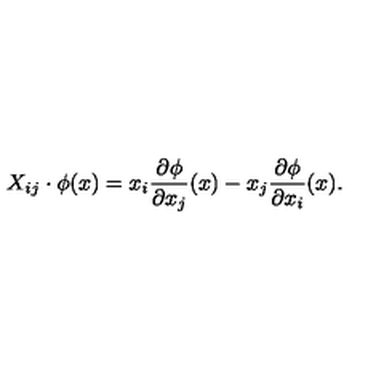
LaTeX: X _ { i j } \cdot \phi ( x ) = x _ { i } { \frac { \partial \phi } { \partial x _ { j } } } ( x ) - x _ { j } { \frac { \partial \phi } { \partial x _ { i } } } ( x ) .